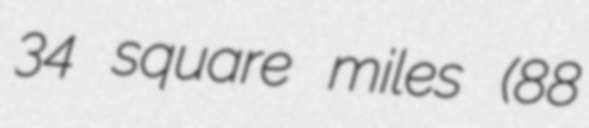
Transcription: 34 square miles (88